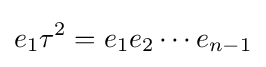
e_{1}\tau ^{2}=e_{1}e_{2}\cdots e_{n-1}